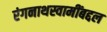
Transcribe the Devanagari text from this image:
रंगनाथस्वामींबद्दल